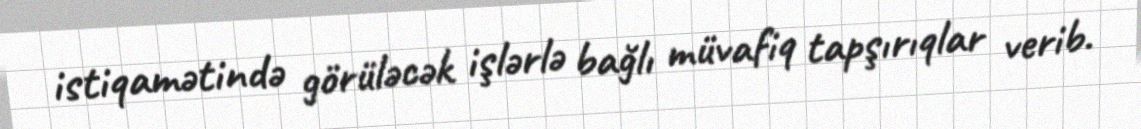
istiqamətində görüləcək işlərlə bağlı müvafiq tapşırıqlar verib.